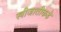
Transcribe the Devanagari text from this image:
स्त्रीजातीकडे